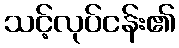
သင့်လုပ်ငန်း၏